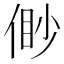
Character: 𠋝